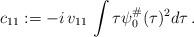
LaTeX: \begin{align*}c_{11} := - i \, v_{11} \, \int \tau \psi_0^\#(\tau)^2 d\tau \, .\end{align*}